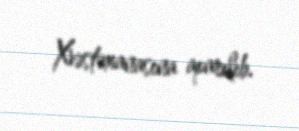
Xəstəxanasına aparılıb.